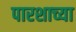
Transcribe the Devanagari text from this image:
पारशाच्या